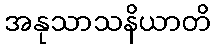
အနုသာသနိယာတိ